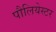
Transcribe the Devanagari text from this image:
पौलियेस्टर